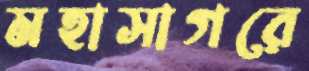
মহাসাগরে